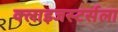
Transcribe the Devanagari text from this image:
क्लाइजस्टर्सला